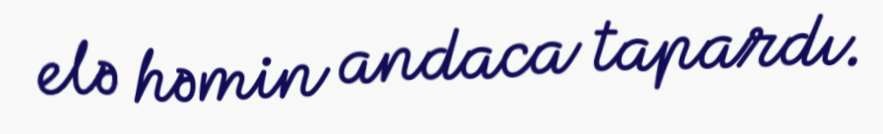
elə həmin andaca tapardı.